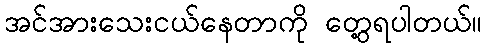
အင်အားသေးငယ်နေတာကို တွေ့ရပါတယ်။